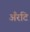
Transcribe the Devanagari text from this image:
अँरटि